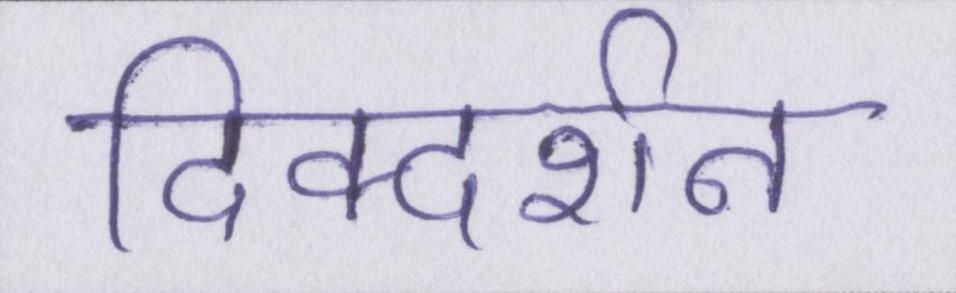
दिक्दर्शन